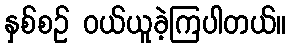
နှစ်စဉ် ဝယ်ယူခဲ့ကြပါတယ်။